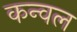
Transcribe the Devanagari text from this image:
कन्वल